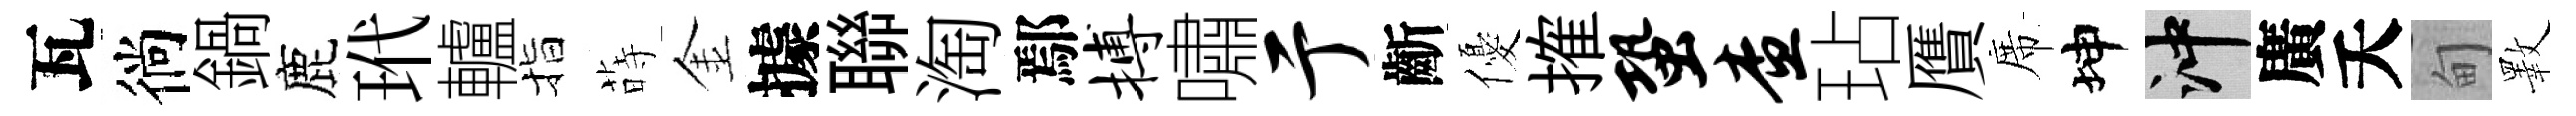
瓦徜鍋鹿玳轤指蒔金據聯淘鄢搏嘯亍齗優搉蛩查玷贋席坤冲廣夭甸斁